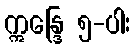
ဣန္ဒြေ ၅-ပါး